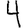
Digit: 4